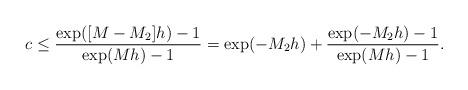
LaTeX: \begin{align*}c \le \frac{\exp([M-M_2]h) -1}{\exp(Mh) -1} = \exp(-M_2 h)+ \frac{\exp(-M_2 h) -1}{\exp(Mh) -1}.\end{align*}